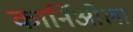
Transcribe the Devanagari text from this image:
कार्निओला